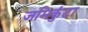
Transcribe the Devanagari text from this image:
जमिकुंटा